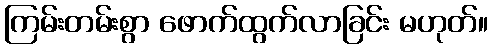
ကြမ်းတမ်းစွာ ဖောက်ထွက်လာခြင်း မဟုတ်။